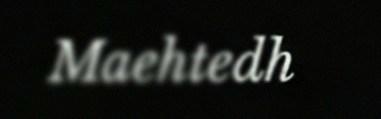
Maehtedh